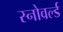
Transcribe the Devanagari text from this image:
स्नोवर्ल्ड